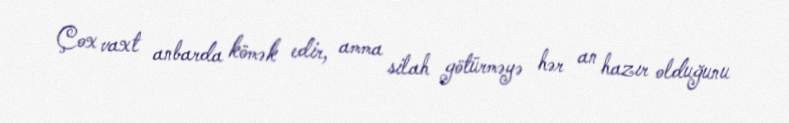
Çox vaxt anbarda kömək edir, amma silah götürməyə hər an hazır olduğunu